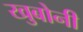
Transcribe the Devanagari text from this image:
खुबोनी